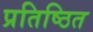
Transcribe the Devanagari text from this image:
प्रतिष्ठित